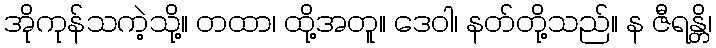
အိုကုန်သကဲ့သို့။ တထာ၊ ထို့အတူ။ ဒေဝါ၊ နတ်တို့သည်။ န ဇီရန္တိ၊